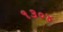
૧૩૦૪